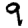
Digit: 9